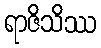
ရာဇိသိဿ